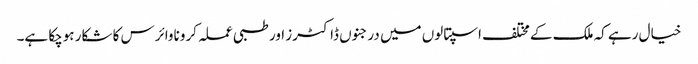
خیال رہے کہ ملک کے مختلف اسپتالوں میں درجنوں ڈاکٹرز اور طبی عملہ کروناوائرس کا شکار ہوچکا ہے۔